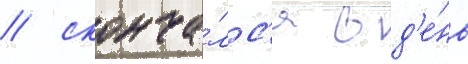
/ сконча́лс'я в д'е́нь